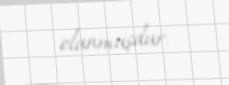
olunmuşdur.